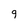
Character: 9